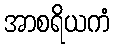
အာစရိယကံ